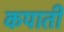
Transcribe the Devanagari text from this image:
कपाती